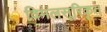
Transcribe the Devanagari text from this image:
विमलसूरिकृत